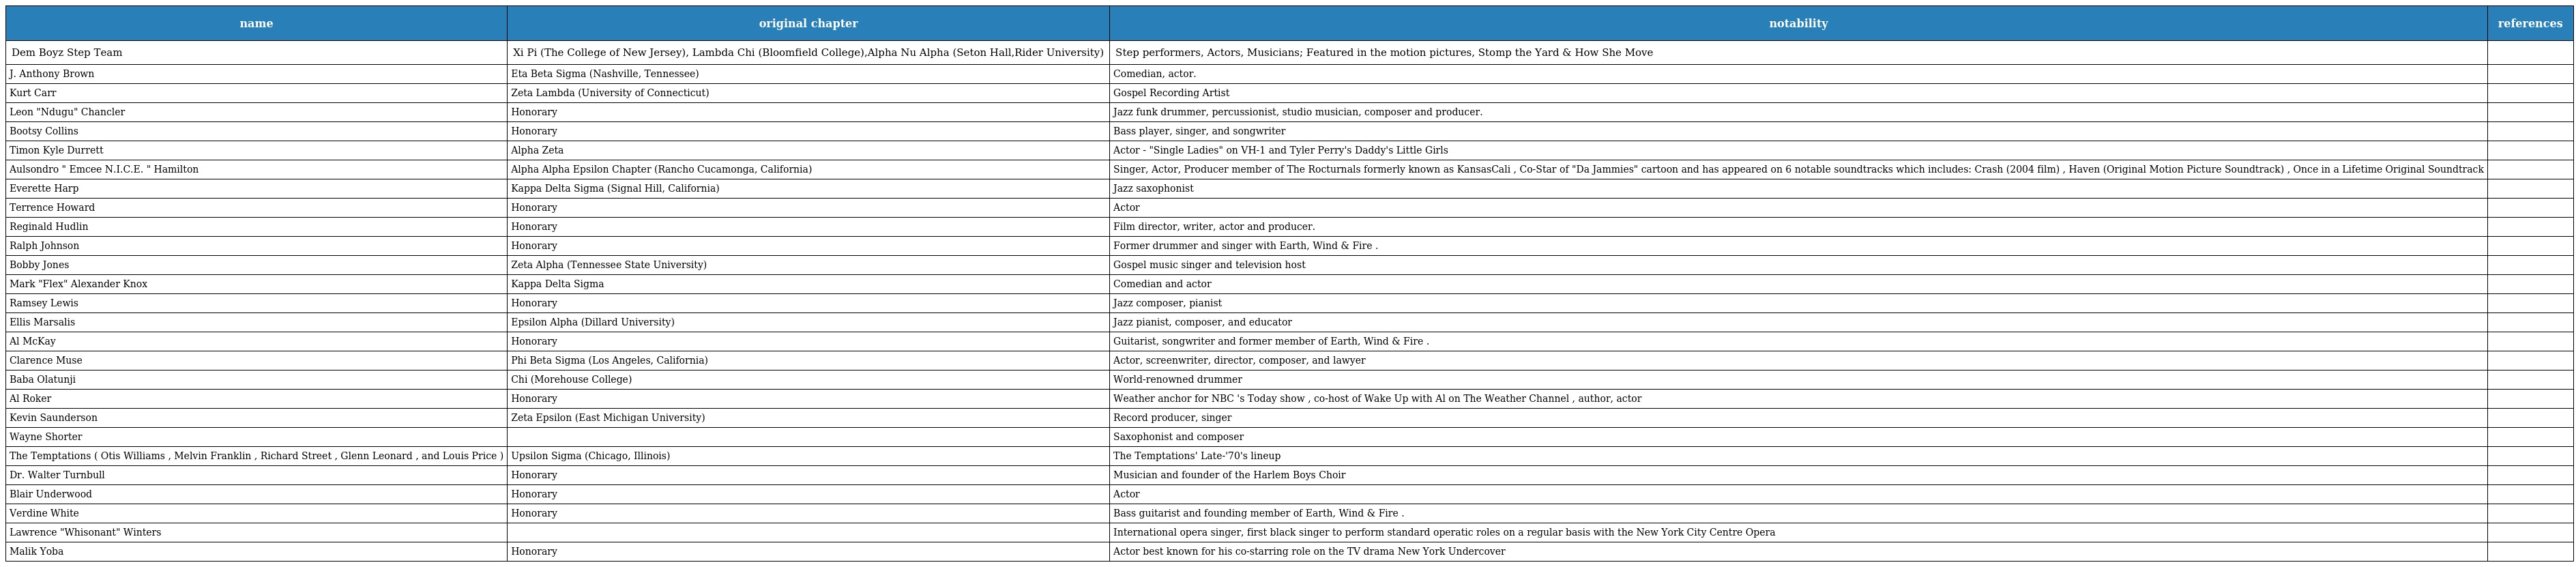
| name | original chapter | notability | references |
 | --- | --- | --- | --- |
 | Dem Boyz Step Team | Xi Pi (The College of New Jersey), Lambda Chi (Bloomfield College),Alpha Nu Alpha (Seton Hall,Rider University) | Step performers, Actors, Musicians; Featured in the motion pictures, Stomp the Yard & How She Move |  |
 | J. Anthony Brown | Eta Beta Sigma (Nashville, Tennessee) | Comedian, actor. |  |
 | Kurt Carr | Zeta Lambda (University of Connecticut) | Gospel Recording Artist |  |
 | Leon "Ndugu" Chancler | Honorary | Jazz funk drummer, percussionist, studio musician, composer and producer. |  |
 | Bootsy Collins | Honorary | Bass player, singer, and songwriter |  |
 | Timon Kyle Durrett | Alpha Zeta | Actor - "Single Ladies" on VH-1 and Tyler Perry's Daddy's Little Girls |  |
 | Aulsondro " Emcee N.I.C.E. " Hamilton | Alpha Alpha Epsilon Chapter (Rancho Cucamonga, California) | Singer, Actor, Producer member of The Rocturnals formerly known as KansasCali , Co-Star of "Da Jammies" cartoon and has appeared on 6 notable soundtracks which includes: Crash (2004 film) , Haven (Original Motion Picture Soundtrack) , Once in a Lifetime Original Soundtrack |  |
 | Everette Harp | Kappa Delta Sigma (Signal Hill, California) | Jazz saxophonist |  |
 | Terrence Howard | Honorary | Actor |  |
 | Reginald Hudlin | Honorary | Film director, writer, actor and producer. |  |
 | Ralph Johnson | Honorary | Former drummer and singer with Earth, Wind & Fire . |  |
 | Bobby Jones | Zeta Alpha (Tennessee State University) | Gospel music singer and television host |  |
 | Mark "Flex" Alexander Knox | Kappa Delta Sigma | Comedian and actor |  |
 | Ramsey Lewis | Honorary | Jazz composer, pianist |  |
 | Ellis Marsalis | Epsilon Alpha (Dillard University) | Jazz pianist, composer, and educator |  |
 | Al McKay | Honorary | Guitarist, songwriter and former member of Earth, Wind & Fire . |  |
 | Clarence Muse | Phi Beta Sigma (Los Angeles, California) | Actor, screenwriter, director, composer, and lawyer |  |
 | Baba Olatunji | Chi (Morehouse College) | World-renowned drummer |  |
 | Al Roker | Honorary | Weather anchor for NBC 's Today show , co-host of Wake Up with Al on The Weather Channel , author, actor |  |
 | Kevin Saunderson | Zeta Epsilon (East Michigan University) | Record producer, singer |  |
 | Wayne Shorter |  | Saxophonist and composer |  |
 | The Temptations ( Otis Williams , Melvin Franklin , Richard Street , Glenn Leonard , and Louis Price ) | Upsilon Sigma (Chicago, Illinois) | The Temptations' Late-'70's lineup |  |
 | Dr. Walter Turnbull | Honorary | Musician and founder of the Harlem Boys Choir |  |
 | Blair Underwood | Honorary | Actor |  |
 | Verdine White | Honorary | Bass guitarist and founding member of Earth, Wind & Fire . |  |
 | Lawrence "Whisonant" Winters |  | International opera singer, first black singer to perform standard operatic roles on a regular basis with the New York City Centre Opera |  |
 | Malik Yoba | Honorary | Actor best known for his co-starring role on the TV drama New York Undercover |  |